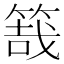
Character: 𥯒